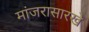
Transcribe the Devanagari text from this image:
मांजरासारखे